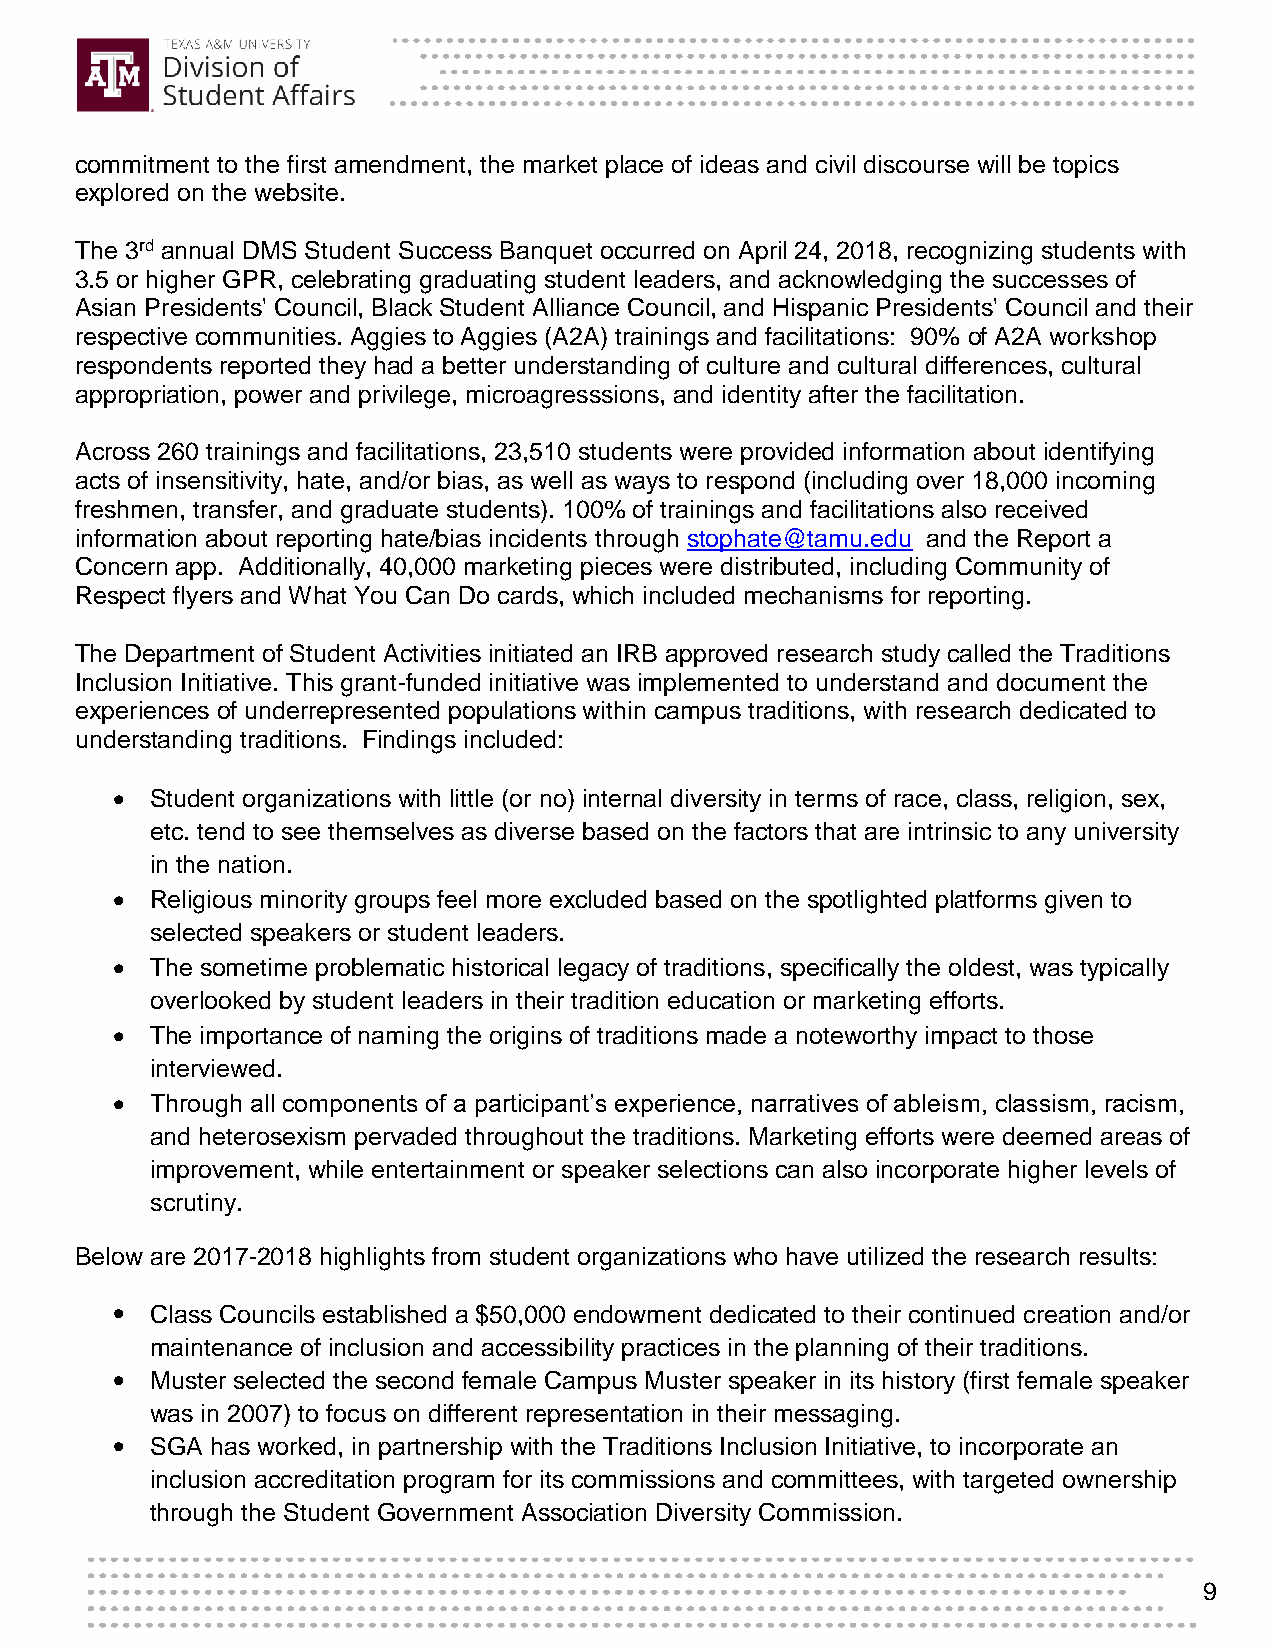
commitment to the first amendment, the market place of ideas and civil discourse will be topics
 explored on the website.
 The 3rd annual DMS Student Success Banquet occurred on April 24, 2018, recognizing students with
 3.5 or higher GPR, celebrating graduating student leaders, and acknowledging the successes of
 Asian Presidents' Council, Black Student Alliance Council, and Hispanic Presidents' Council and their
 respective communities. Aggies to Aggies (A2A) trainings and facilitations: 90% of A2A workshop
 respondents reported they had a better understanding of culture and cultural differences, cultural
 appropriation, power and privilege, microagresssions, and identity after the facilitation.
 Across 260 trainings and facilitations, 23,510 students were provided information about identifying
 acts of insensitivity, hate, and/or bias, as well as ways to respond (including over 18,000 incoming
 freshmen, transfer, and graduate students). 100% of trainings and facilitations also received
 information about reporting hate/bias incidents through stophate@tamu.edu and the Report a
 Concern app. Additionally, 40,000 marketing pieces were distributed, including Community of
 Respect flyers and What You Can Do cards, which included mechanisms for reporting.
 The Department of Student Activities initiated an IRB approved research study called the Traditions
 Inclusion Initiative. This grant-funded initiative was implemented to understand and document the
 experiences of underrepresented populations within campus traditions, with research dedicated to
 understanding traditions. Findings included:
   Student organizations with little (or no) internal diversity in terms of race, class, religion, sex,
 etc. tend to see themselves as diverse based on the factors that are intrinsic to any university
 in the nation.
   Religious minority groups feel more excluded based on the spotlighted platforms given to
 selected speakers or student leaders.
   The sometime problematic historical legacy of traditions, specifically the oldest, was typically
 overlooked by student leaders in their tradition education or marketing efforts.
   The importance of naming the origins of traditions made a noteworthy impact to those
 interviewed.
   Through all components of a participant’s experience, narratives of ableism, classism, racism,
 and heterosexism pervaded throughout the traditions. Marketing efforts were deemed areas of
 improvement, while entertainment or speaker selections can also incorporate higher levels of
 scrutiny.
 Below are 2017-2018 highlights from student organizations who have utilized the research results:
 Class Councils established a $50,000 endowment dedicated to their continued creation and/or
 maintenance of inclusion and accessibility practices in the planning of their traditions.
 Muster selected the second female Campus Muster speaker in its history (first female speaker
 was in 2007) to focus on different representation in their messaging.
 SGA has worked, in partnership with the Traditions Inclusion Initiative, to incorporate an
 inclusion accreditation program for its commissions and committees, with targeted ownership
 through the Student Government Association Diversity Commission.
 9